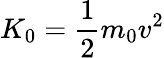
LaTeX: K_{0}={\frac{1}{2}}m_{0}v^{2}